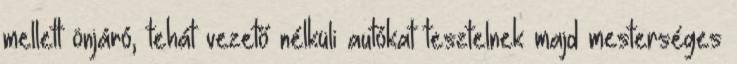
mellett önjáró, tehát vezető nélküli autókat tesztelnek majd mesterséges